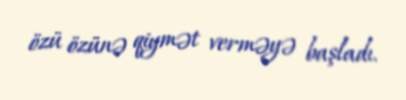
özü özünə qiymət verməyə başladı.